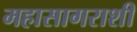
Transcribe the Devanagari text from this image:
महासागराशी